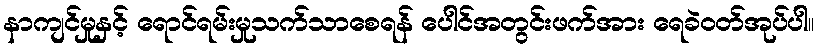
နာကျင်မှုနှင့် ရောင်ရမ်းမှုသက်သာစေရန် ပေါင်အတွင်းဖက်အား ရေခဲဝတ်အုပ်ပါ။